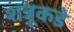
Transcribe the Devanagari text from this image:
शत्रूकडे